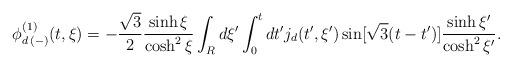
LaTeX: \begin{align*}\phi^{(1)}_{d \, (-)} (t, \xi) = - \frac{\sqrt{3}}{2} \frac{\sinh \xi}{ \cosh^{2} \xi} \int_{R} d \xi' \int_{0}^{t} dt' j_{d} (t',\xi' ) \sin [ \sqrt{3} (t-t') ]\frac{\sinh \xi' }{\cosh^{2} \xi' }. \end{align*}